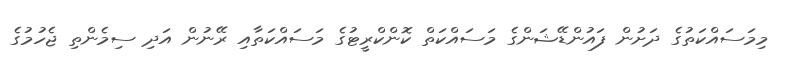
މިމަސައްކަތުގެ ދަށުން ފައުންޑޭޝަންގެ މަސައްކަތް ކޮންކްރީޓުގެ މަސައްކަތާއި ރޭނުން އަދި ސިމެންތި ޖެހުމުގެ